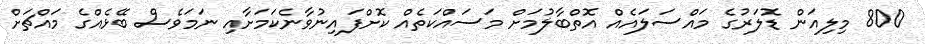
800 މިލިއަން ޑޮލަރުގެ މައްސަލައެއް އޮތްބާލުމަށް މަސައްކަތެއް ކޮށްފައިނުވާނެކަމަށާއި ނަމަވެސް ބޭޅެއްގެ މައްޗަށް